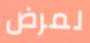
لمرض